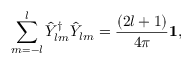
\sum _ { m = - l } ^ { l } \hat { Y } _ { l m } ^ { \dag } \hat { Y } _ { l m } = { \frac { ( 2 l + 1 ) } { 4 \pi } } { \bf 1 } ,